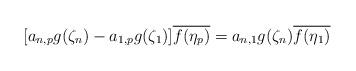
LaTeX: \begin{align*}[a_{n,p}g(\zeta_n)-a_{1,p}g(\zeta_1)]\overline{f(\eta_{p})}=a_{n,1}g(\zeta_n)\overline{f(\eta_{1})}\end{align*}